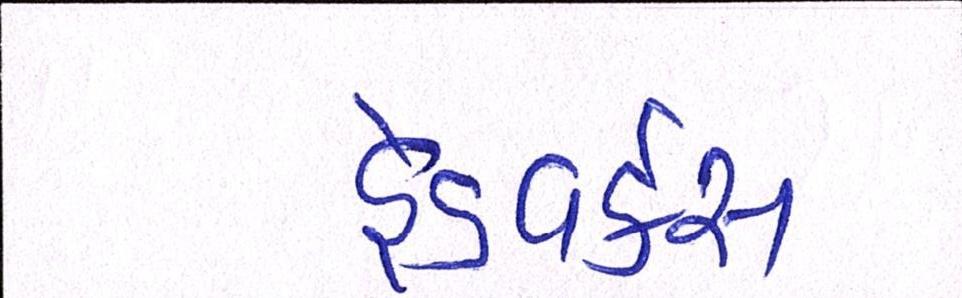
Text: હેડવર્કસ